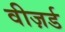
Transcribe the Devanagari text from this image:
वीज़र्ड